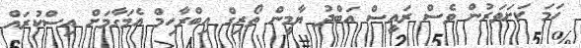
ހަމަ ކަށަވަރުން ވެސް ރައީސް އަބްދު ޔާމީން ތޯރިގް އިބްރާހިމް އެމަގާމަށް އިސްކުރައް